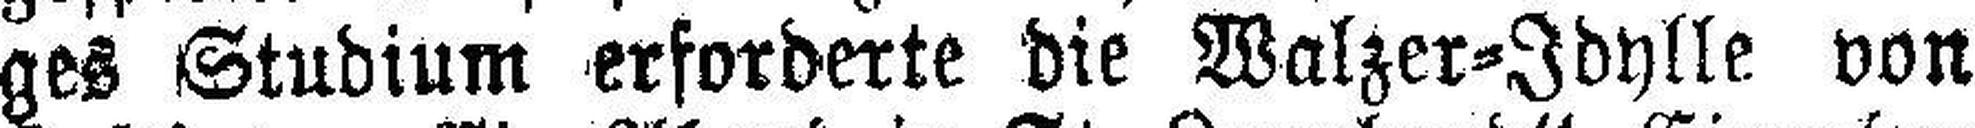
ges Studium erforderte die Walzer=Idylle von